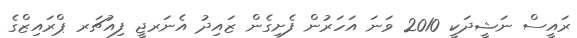
ރައީސް ނަޝީދަކީ 2010 ވަނަ އަހަރުން ފެށިގެން ޒައިދު އެނަރޖީ ފިއުޗަރ ޕްރައިޒްގެ